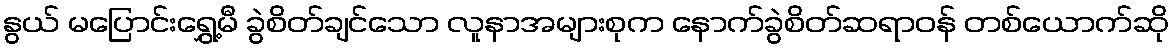
နွယ် မပြောင်းရွှေ့မီ ခွဲစိတ်ချင်သော လူနာအများစုက နောက်ခွဲစိတ်ဆရာဝန် တစ်ယောက်ဆို